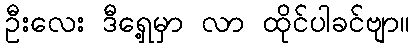
ဦးလေး ဒီရှေ့မှာ လာ ထိုင်ပါခင်ဗျာ။